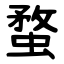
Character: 蝥